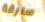
سارقة